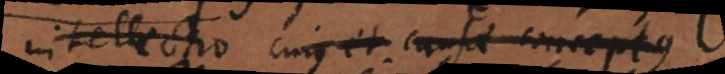
intellectio cujus et causae conceptus